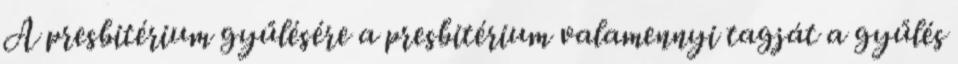
A presbitérium gyűlésére a presbitérium valamennyi tagját a gyűlés